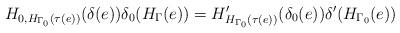
LaTeX: \begin{align*}H_{0,H_{\Gamma_0}(\tau(e))}(\delta(e)) \delta_0(H_{\Gamma}(e))= H^{\prime}_{H_{\Gamma_0}(\tau(e))}(\delta_{0}(e))\delta^{\prime}(H_{\Gamma_0}(e))\end{align*}